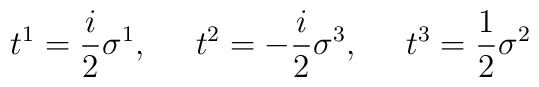
t^1=\frac{i}{2}\sigma^1,\;\;\;\;\; t^2=-\frac{i}{2}\sigma^3,\;\;\;\;\; t^3=\frac{1}{2}\sigma^2